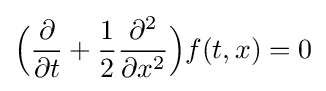
{\Big (}{\frac {\partial }{\partial t}}+{\frac {1}{2}}{\frac {\partial ^{2}}{\partial x^{2}}}{\Big )}f(t,x)=0